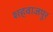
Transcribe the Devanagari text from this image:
शहवाजपुर